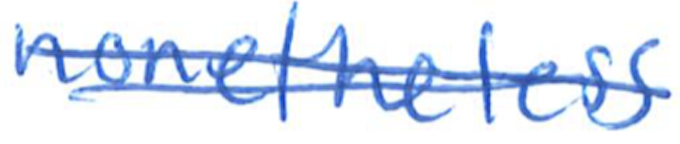
Text: nonetheless
Cross-out: mix
Writing tool: ballpoint